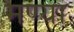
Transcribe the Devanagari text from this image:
मण्या